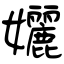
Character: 孋